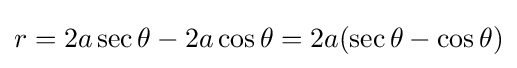
r=2a\sec \theta -2a\cos \theta =2a(\sec \theta -\cos \theta )